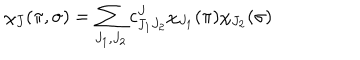
\chi _ { J } ( \pi , \sigma ) = \sum _ { J _ { 1 } , J _ { 2 } } c _ { J _ { 1 } J _ { 2 } } ^ { J } \chi _ { J _ { 1 } } ( \pi ) \chi _ { J _ { 2 } } ( \sigma )